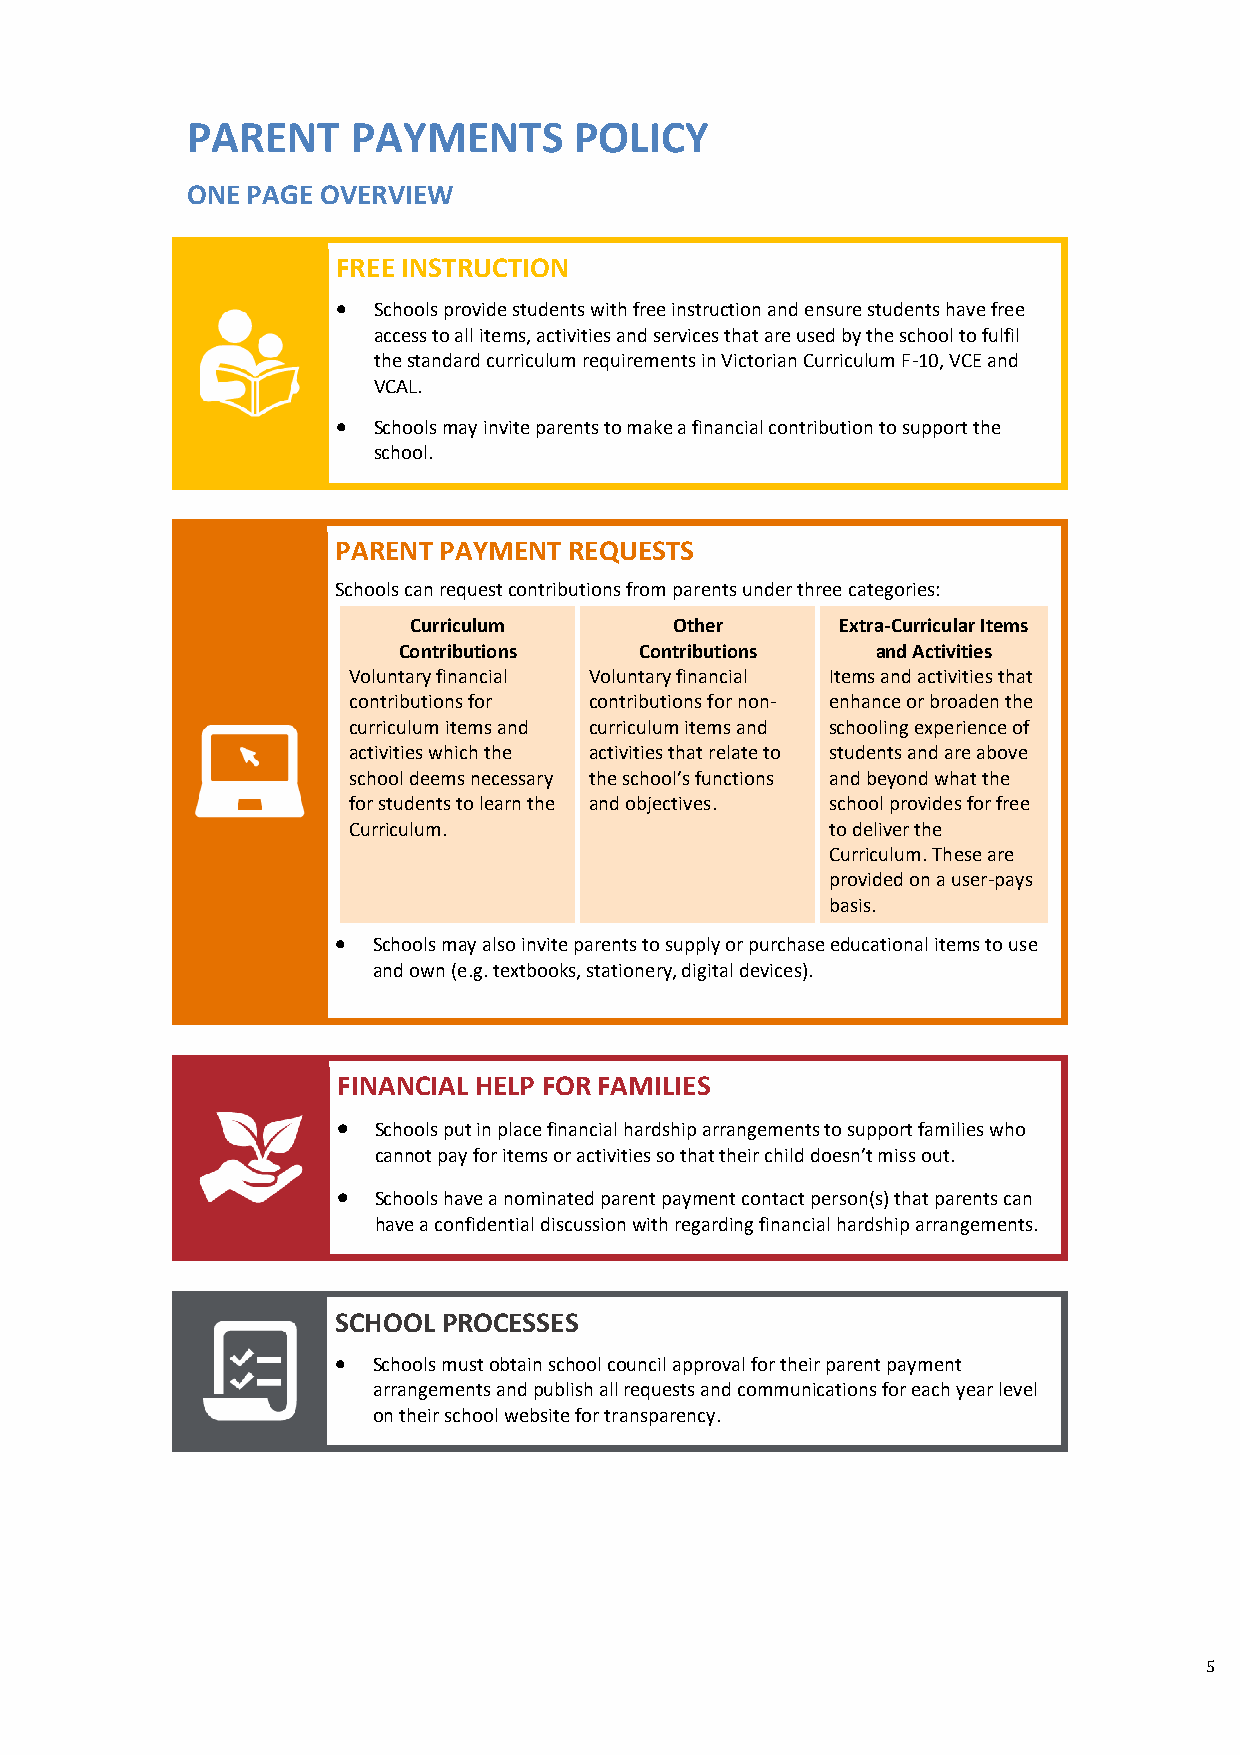
PARENT     PAYMENTS       POLICY
 ONE PAGE OVERVIEW
 FREE INSTRUCTION
 •  Schools provide students with free instruction and ensure students have free
 access to all items, activities and services that are used by the school to fulfil
 the standard curriculum requirements in Victorian Curriculum F-10, VCE and
 VCAL.
 •  Schools may invite parents to make a financial contribution to support the
 school.
 PARENT PAYMENT  REQUESTS
 Schools can request contributions from parents under three categories:
 Curriculum        Other      Extra-Curricular Items
 Contributions   Contributions   and Activities
 Voluntary financial Voluntary financial Items and activities that
 contributions for contributions for non- enhance or broaden the
 curriculum items and curriculum items and schooling experience of
 activities which the activities that relate to students and are above
 school deems necessary the school’s functions and beyond what the
 for students to learn the and objectives. school provides for free
 Curriculum.                     to deliver the
 Curriculum. These are
 provided on a user-pays
 basis.
 •  Schools may also invite parents to supply or purchase educational items to use
 and own (e.g. textbooks, stationery, digital devices).
 FINANCIAL HELP FOR FAMILIES
 •  Schools put in place financial hardship arrangements to support families who
 cannot pay for items or activities so that their child doesn’t miss out.
 •  Schools have a nominated parent payment contact person(s) that parents can
 have a confidential discussion with regarding financial hardship arrangements.
 SCHOOL PROCESSES
 •  Schools must obtain school council approval for their parent payment
 arrangements and publish all requests and communications for each year level
 on their school website for transparency.
 5